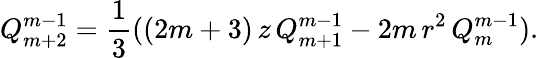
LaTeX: Q_{m+2}^{m-1}=\frac{1}{3}((2m+3)\, z\, Q_{m+1}^{m-1}-2m\, r^{2}\, Q_{m}^{m-1}).